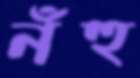
নঁহু